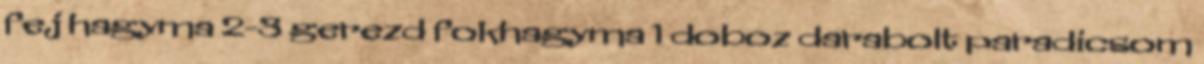
fej hagyma 2-3 gerezd fokhagyma 1 doboz darabolt paradicsom